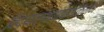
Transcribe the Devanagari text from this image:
विद्यार्थ्याच्याकलेने